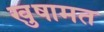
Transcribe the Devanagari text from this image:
खुषामत